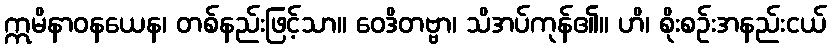
ဣမိနာဝနယေန၊ တစ်နည်းဖြင့်သာ။ ဝေဒိတဗ္ဗာ၊ သိအပ်ကုန်၏။ ဟိ၊ စိုးစဉ်းအနည်းငယ်